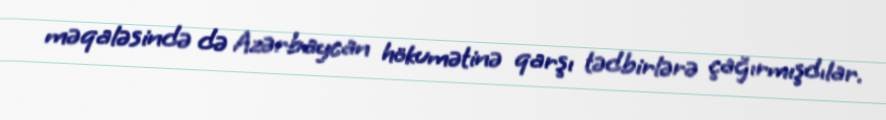
məqaləsində də Azərbaycan hökumətinə qarşı tədbirlərə çağırmışdılar.